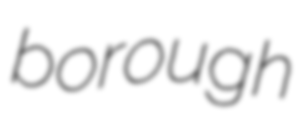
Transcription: borough